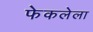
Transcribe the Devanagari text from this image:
फेकलेला